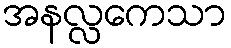
အနလ္လကေသာ